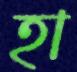
হা